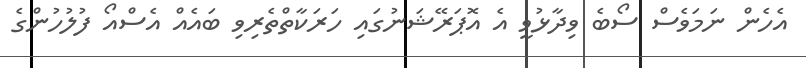
އެހެން ނަމަވެސް ސޯބެ ވިދާޅުވީ އެ އޮޕަރޭޝަނުގައި ހަރަކާތްތެރިވި ބައެއް އެސްއޯ ފުލުހުންގެ